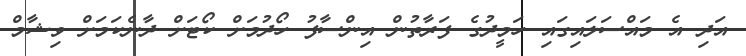
އަދި އެ މައްސަލައިގައި ހަމީދުގެ ފަރާތުން އިންސާފު ހޯދުމަށް ކޯޓަށް ދާނެކަމަށް ވިޝާމް